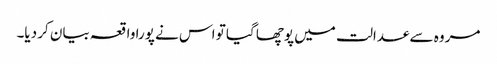
مروہ سے عدالت میں پوچھا گیا تو اس نے پورا واقعہ بیان کر دیا۔